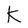
Character: K